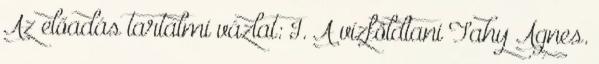
Az előadás tartalmi vázlat: I. A vízföldtani Tahy Ágnes.